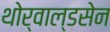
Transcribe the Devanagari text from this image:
थोर्वाल्डसेन